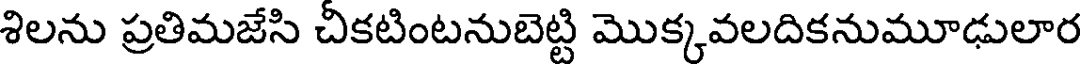
శిలను ప్రతిమజేసి చికటింటనుబెట్టి మొక్కవలదికనుమూఢులార